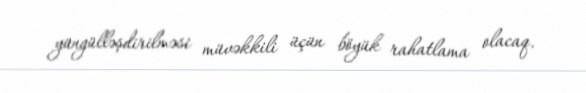
yüngülləşdirilməsi müvəkkili üçün böyük rahatlama olacaq.